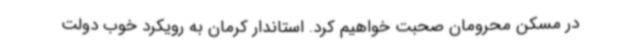
در مسکن محرومان صحبت خواهیم کرد. استاندار کرمان به رویکرد خوب دولت